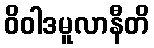
ဝိဝါဒမူလာနီတိ